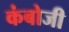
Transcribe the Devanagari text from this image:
कंबोजी